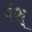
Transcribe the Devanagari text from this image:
वंश्